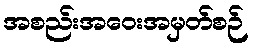
အစည်းအဝေးအမှတ်စဉ်